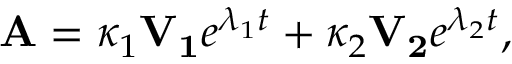
\mathbf { A } = \kappa _ { 1 } \mathbf { V _ { 1 } } e ^ { \lambda _ { 1 } t } + \kappa _ { 2 } \mathbf { V _ { 2 } } e ^ { \lambda _ { 2 } t } ,